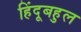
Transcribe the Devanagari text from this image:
हिंदूबहुल